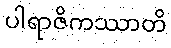
ပါရာဇိကဿာတိ